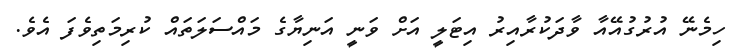
ހިމެނޭ އުރުގުއޭއާ ވާދަކުރާއިރު އިޓަލީ އަށް ވަނީ އަނިޔާގެ މައްސަލަތައް ކުރިމަތިވެފަ އެވެ.